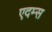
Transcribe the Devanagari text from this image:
एदम्स